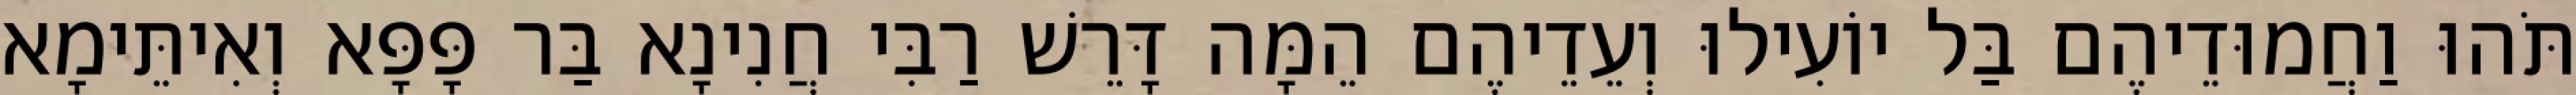
תֹּהוּ וַחֲמוּדֵיהֶם בַּל יוֹעִילוּ וְעֵדֵיהֶם הֵמָּה דָּרֵשׁ רַבִּי חֲנִינָא בַּר פָּפָּא וְאִיתֵּימָא